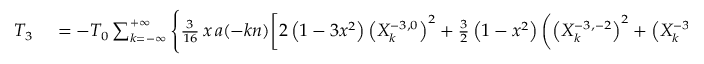
\small \begin{array} { r l } { T _ { 3 } } & { { } = - { \cal T } _ { 0 } \sum _ { k = - \infty } ^ { + \infty } \Bigg \{ \frac { 3 } { 1 6 } \, x \, a ( - k n ) \bigg [ 2 \left( 1 - 3 x ^ { 2 } \right) \left( X _ { k } ^ { - 3 , 0 } \right) ^ { 2 } + \frac 3 2 \left( 1 - x ^ { 2 } \right) \left( \left( X _ { k } ^ { - 3 , - 2 } \right) ^ { 2 } + \left( X _ { k } ^ { - 3 , 2 } \right) ^ { 2 } \right) } \end{array}